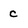
Character: c